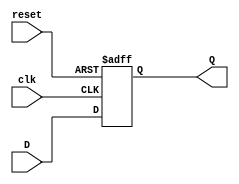
module flip_flop_register #(
    parameter WIDTH = 8  // Parameter to configure the width of the register
)(
    input wire clk,       // Clock input
    input wire reset,     // Asynchronous reset input
    input wire [WIDTH-1:0] D, // Data input
    output reg [WIDTH-1:0] Q  // Data output
);

// Always block triggered on the clock edge
always @(posedge clk or posedge reset) begin
    if (reset) begin
        Q <= {WIDTH{1'b0}}; // Reset all bits to 0
    end else begin
        Q <= D; // Capture data on clock edge
    end
end

endmodule